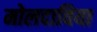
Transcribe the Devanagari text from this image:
मोलदाविया